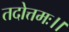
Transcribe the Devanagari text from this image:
तदोत्तमः।।